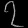
Digit: ၇